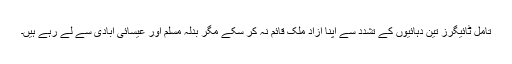
تامل ٹائیگرز تین دہائیوں کے تشدد سے اپنا آزاد ملک قائم نہ کر سکے مگر بدلہ مسلم اور عیسائی آبادی سے لے رہے ہیں۔